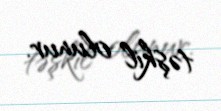
təşkil olunur.